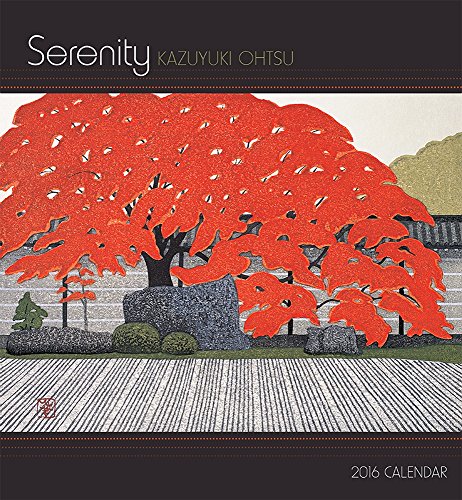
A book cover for Serenity 2016 Calendar; Calendars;